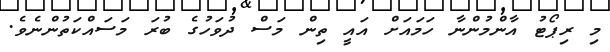
މި ރިޕޯޓު އާންމުންނާ ހަމައަށް އައީ ތިން މަސް ދުވަހުގެ ބުރަ މަސައްކަތުންނެވެ.